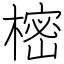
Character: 樒